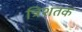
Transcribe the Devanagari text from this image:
त्रिशतक